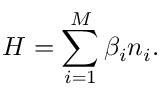
H = \sum _ { i = 1 } ^ { M } \beta _ { i } n _ { i } .